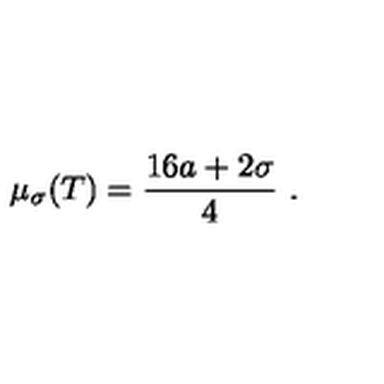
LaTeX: \mu _ { \sigma } ( T ) = \frac { 1 6 a + 2 \sigma } { 4 } \ .